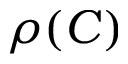
\rho ( C )